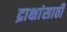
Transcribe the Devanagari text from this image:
द्राक्षांसाठी